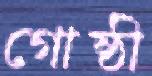
গোষ্ঠী